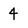
Character: 4